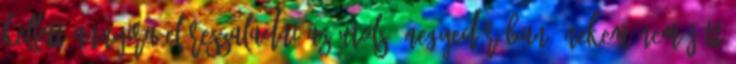
kellett annyira előreszaladni az utolsó negyedórában. Nekem nem jött